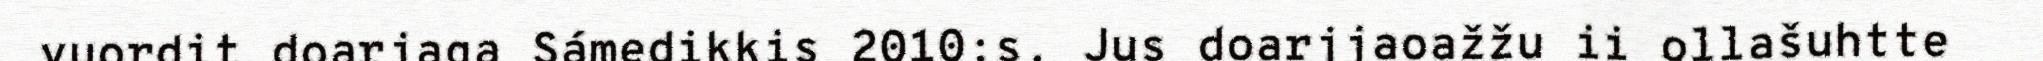
vuordit doarjaga Sámedikkis 2010:s. Jus doarjjaoažžu ii ollašuhtte